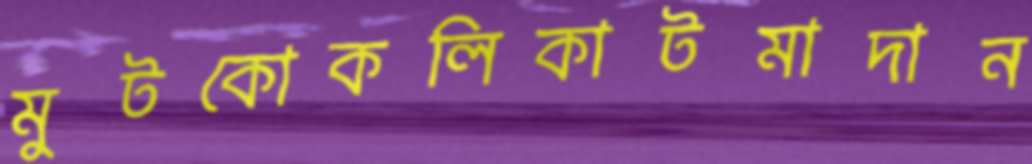
মুটকোকলিকাটমাদান